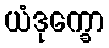
ယံဒုက္ခော